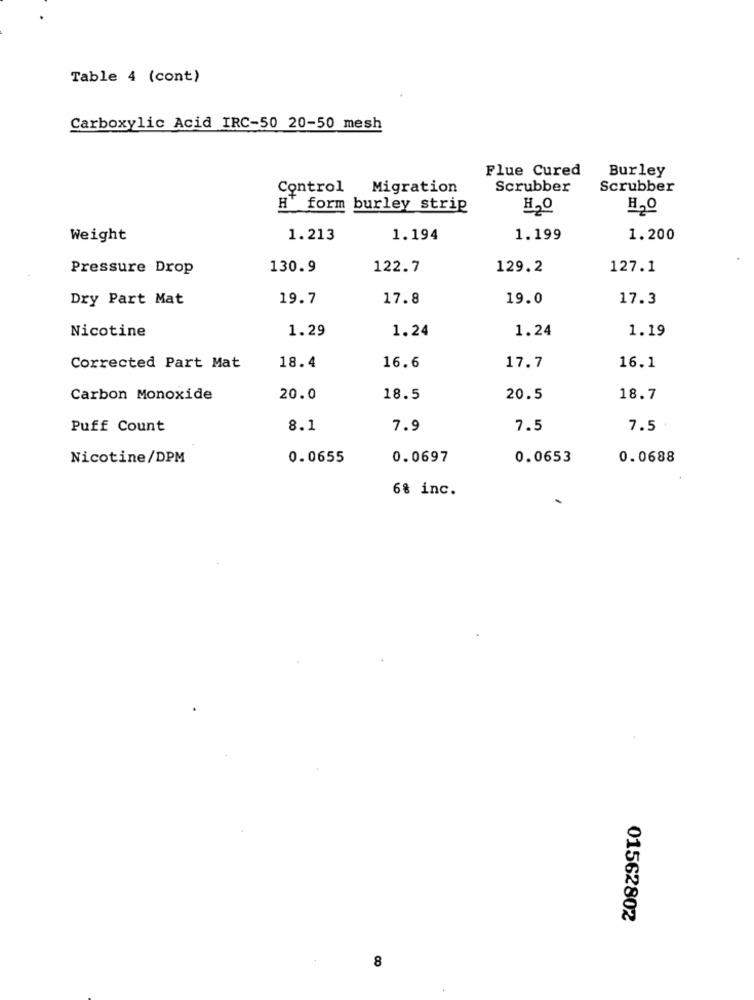
Table 4 (cont)
Carboxylic Acid IRC-50 20-50 mesh
Flue Cured
Burley
Control
Migration
Scrubber
Scrubber
H' form burley strip
H20
H2O
Weight
1.213
1.194
1.199
1.200
Pressure Drop
130.9
122.7
129.2
127.1
Dry Part Mat
19.7
17.8
19.0
17.3
Nicotine
1.29
1.24
1.24
1.19
16.6
Corrected Part Mat
18.4
17.7
16.1
Carbon Monoxide
20.0
18.5
20.5
18.7
Puff Count
8.1
7.9
7.5
7.5
Nicotine/DPM
0.0655
0.0697
0.0653
0.0688
6% inc.
01562802
8